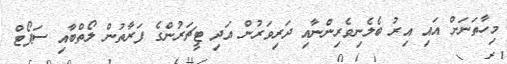
މިހާތަނަށް އައި އިރު ބެލެނިވެރިންނާއި ދަރިވަރުން އަދި ޓީޗަރުންގެ ފަރާތުން ލޯތްބާއި ސަޕޯޓް